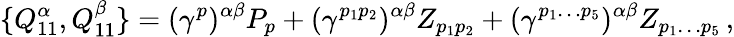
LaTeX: \{ {Q_{11}^{\alpha}},{Q_{11}^{\beta}}\} =({\gamma}^{p})^{\alpha\beta}P_{p}+({\gamma}^{p_{1}p_{2}})^{\alpha\beta}Z_{p_{1}p_{2}}+({\gamma}^{p_{1}\dots p_{5}})^{\alpha\beta}Z_{p_{1}\dots p_{5}}\, ,